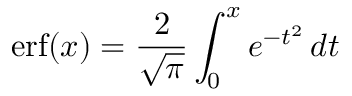
\operatorname { e r f } ( x ) = { \frac { 2 } { \sqrt { \pi } } } \int _ { 0 } ^ { x } e ^ { - t ^ { 2 } } \, d t